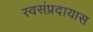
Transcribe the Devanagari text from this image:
स्वसंप्रदायास